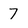
Character: 7